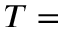
T =